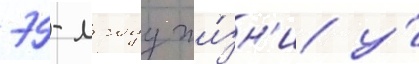
79-м году жи́зн'и у́